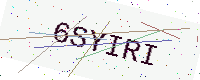
Text: 6SYIRI